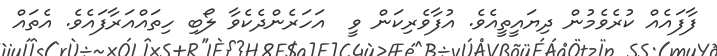
ފާފައެއް ކުރެވެމުން ދިޔައީތީއެވެ. އުފާވެރިކަން ވީ  އަހަރެންދެކެވާ ލޯބި ހިތައްއަރާފައެވެ. އެތައް